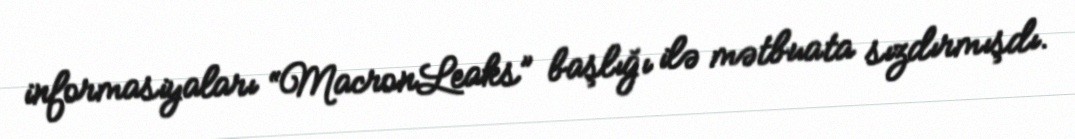
informasiyaları “MacronLeaks” başlığı ilə mətbuata sızdırmışdı.